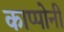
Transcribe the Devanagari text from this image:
काप्पोनी